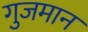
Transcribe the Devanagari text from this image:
गुजमान